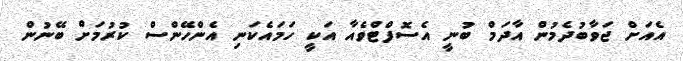
އެއަށް ޖަވާބުދެމުން އާދަމް ބުނީ އެސޮފްޓްވެއާ އަކީ ހަމައެކަނި އެންހޭންސް ކުރުމަށް ބޭނުން